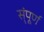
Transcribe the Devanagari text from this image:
स्ंपूर्ण